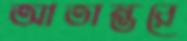
আতান্তরে